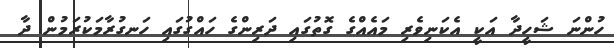
ހުންނަ ޝަހީދާ އަކީ އެކަނިވެރި މައެއްގެ ގޮތުގައި ދަރިންގެ ހައްގުގައި ހަނގުރާމަކުރަމުން ދާ